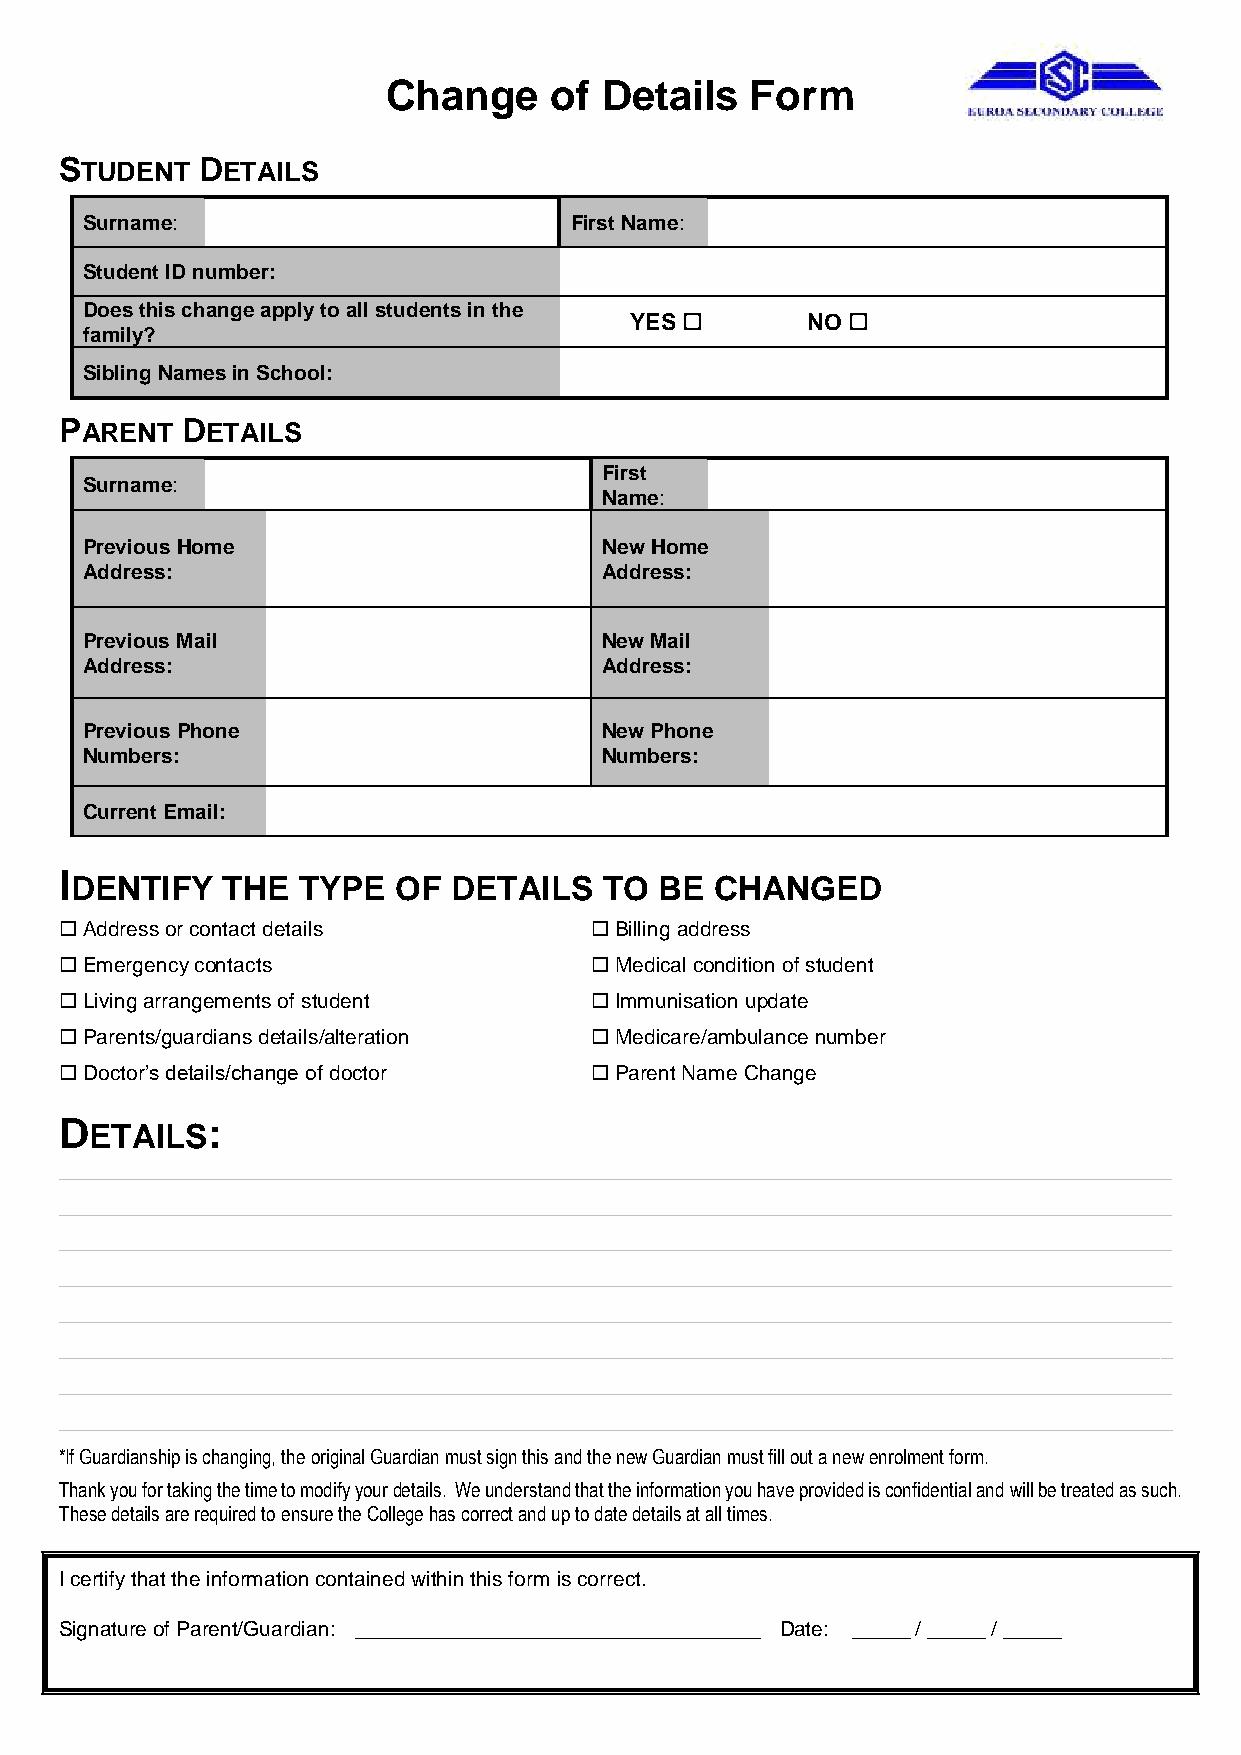
Change    of  Details   Form
 STUDENT  DETAILS
 Surname:                         First Name:
 Student ID number:
 Does this change apply to all students in the
 YES       NO 
 family?
 Sibling Names in School:
 PARENT  DETAILS
 First
 Surname:
 Name:
 Previous Home                      New Home
 Address:                           Address:
 Previous Mail                      New Mail
 Address:                           Address:
 Previous Phone                     New Phone
 Numbers:                           Numbers:
 Current Email:
 I
 DENTIFY   THE  TYPE  OF  DETAILS   TO  BE CHANGED
  Address or contact details        Billing address
  Emergency contacts                Medical condition of student
  Living arrangements of student    Immunisation update
  Parents/guardians details/alteration  Medicare/ambulance number
  Doctor’s details/change of doctor  Parent Name Change
 D         :
 ETAILS
 ________________________________________________________________________________________________
 ________________________________________________________________________________________________
 ________________________________________________________________________________________________
 ________________________________________________________________________________________________
 ________________________________________________________________________________________________
 ________________________________________________________________________________________________
 ________________________________________________________________________________________________
 ________________________________________________________________________________________________
 *If Guardianship is changing, the original Guardian must sign this and the new Guardian must fill out a new enrolment form.
 Thank you for taking the time to modify your details. We understand that the information you have provided is confidential and will be treated as such.
 These details are required to ensure the College has correct and up to date details at all times.
 I certify that the information contained within this form is correct.
 Signature of Parent/Guardian: ___________________________________ Date: _____ / _____ / _____